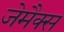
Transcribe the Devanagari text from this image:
जेमैक्स